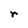
Character: r